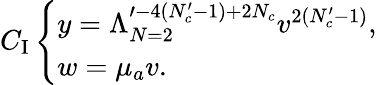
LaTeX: C_{\mathrm{I}}\left\{ \begin{array}{l}{{y=\Lambda_{N=2}^{\prime-4(N_{c}^{\prime}-1)+2N_{c}}v^{2(N_{c}^{\prime}-1)},}}\\ {{w=\mu_{a}v.}}\end{array}\right.